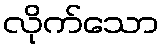
လိုက်သော